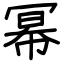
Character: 幂